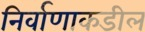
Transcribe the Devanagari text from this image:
निर्वाणाकडील